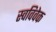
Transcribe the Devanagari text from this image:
स्‍वविवेक